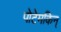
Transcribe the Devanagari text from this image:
पोटेमकिन्